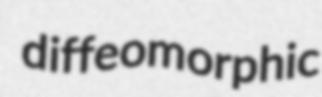
diffeomorphic